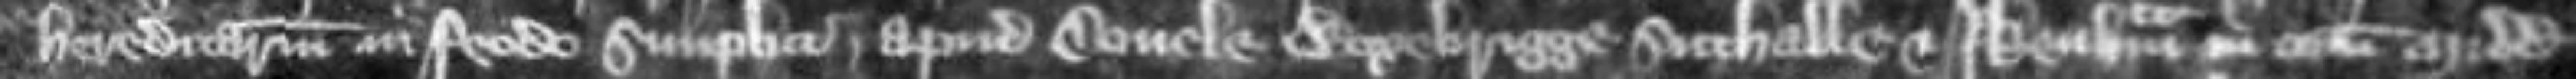
hereditarium in feodo simplici apud Covele Woxebrigge Suthalle et Ikenham in comitatu Midd et